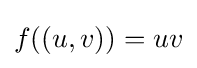
f((u,v))=uv